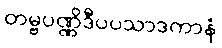
တမ္ဗပဏ္ဏိဒီပပသာဒကာနံ